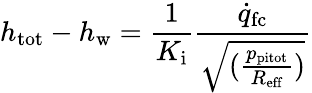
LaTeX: h_{\mathrm{tot}}-h_{\mathrm{w}}=\frac{1}{K_{\mathrm{i}}}\frac{\dot{q}_{\mathrm{fc}}}{\sqrt{(\frac{p_{\mathrm{pitot}}}{R_{\mathrm{eff}}})}}